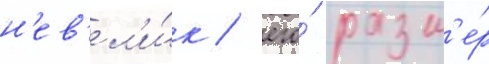
н'ев'ел'и́к / его́ разм'е́р